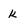
Character: k